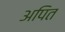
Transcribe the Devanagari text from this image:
अपित